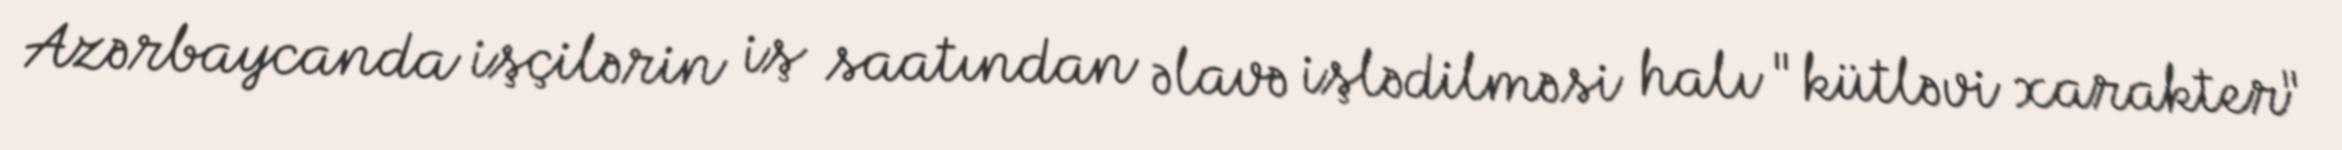
Azərbaycanda işçilərin iş saatından əlavə işlədilməsi halı "kütləvi xarakter"